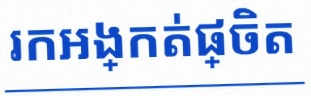
រកអង្កត់ផ្ចិត